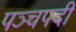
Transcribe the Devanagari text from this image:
पञ्चपदी